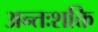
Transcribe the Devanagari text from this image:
अन्तःशक्ति